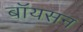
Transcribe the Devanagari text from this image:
बॉयसन